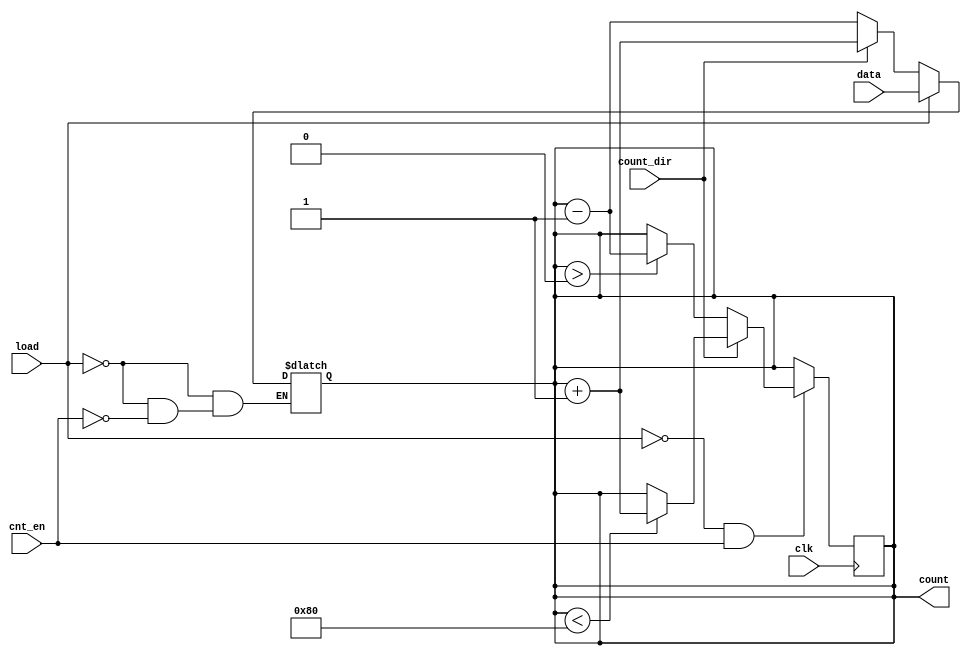
module async_load_counter #(
    parameter n = 8 // Parameter for the width of the counter
)(
    input wire clk,               // Clock signal
    input wire load,              // Active high load signal
    input wire [n-1:0] data,      // Data input for loading
    input wire cnt_en,            // Count enable signal
    input wire count_dir,         // Count direction (0 for down, 1 for up)
    output reg [n-1:0] count      // Current count value
);

// Asynchronous load logic
always @(*) begin
    if (load) begin
        count = data; // Load data asynchronously
    end else if (cnt_en) begin
        if (count_dir) begin
            count = count + 1; // Count up
        end else begin
            count = count - 1; // Count down
        end
    end
end

// Synchronous reset and update logic
always @(posedge clk) begin
    if (!load && cnt_en) begin
        // Update count on clock edge if not loading
        // Ensure to handle overflow/underflow
        if (count_dir) begin
            if (count < {1'b1, {n-1{1'b0}}}) // Check for overflow
                count <= count + 1;
        end else begin
            if (count > 0) // Check for underflow
                count <= count - 1;
        end
    end
end

endmodule